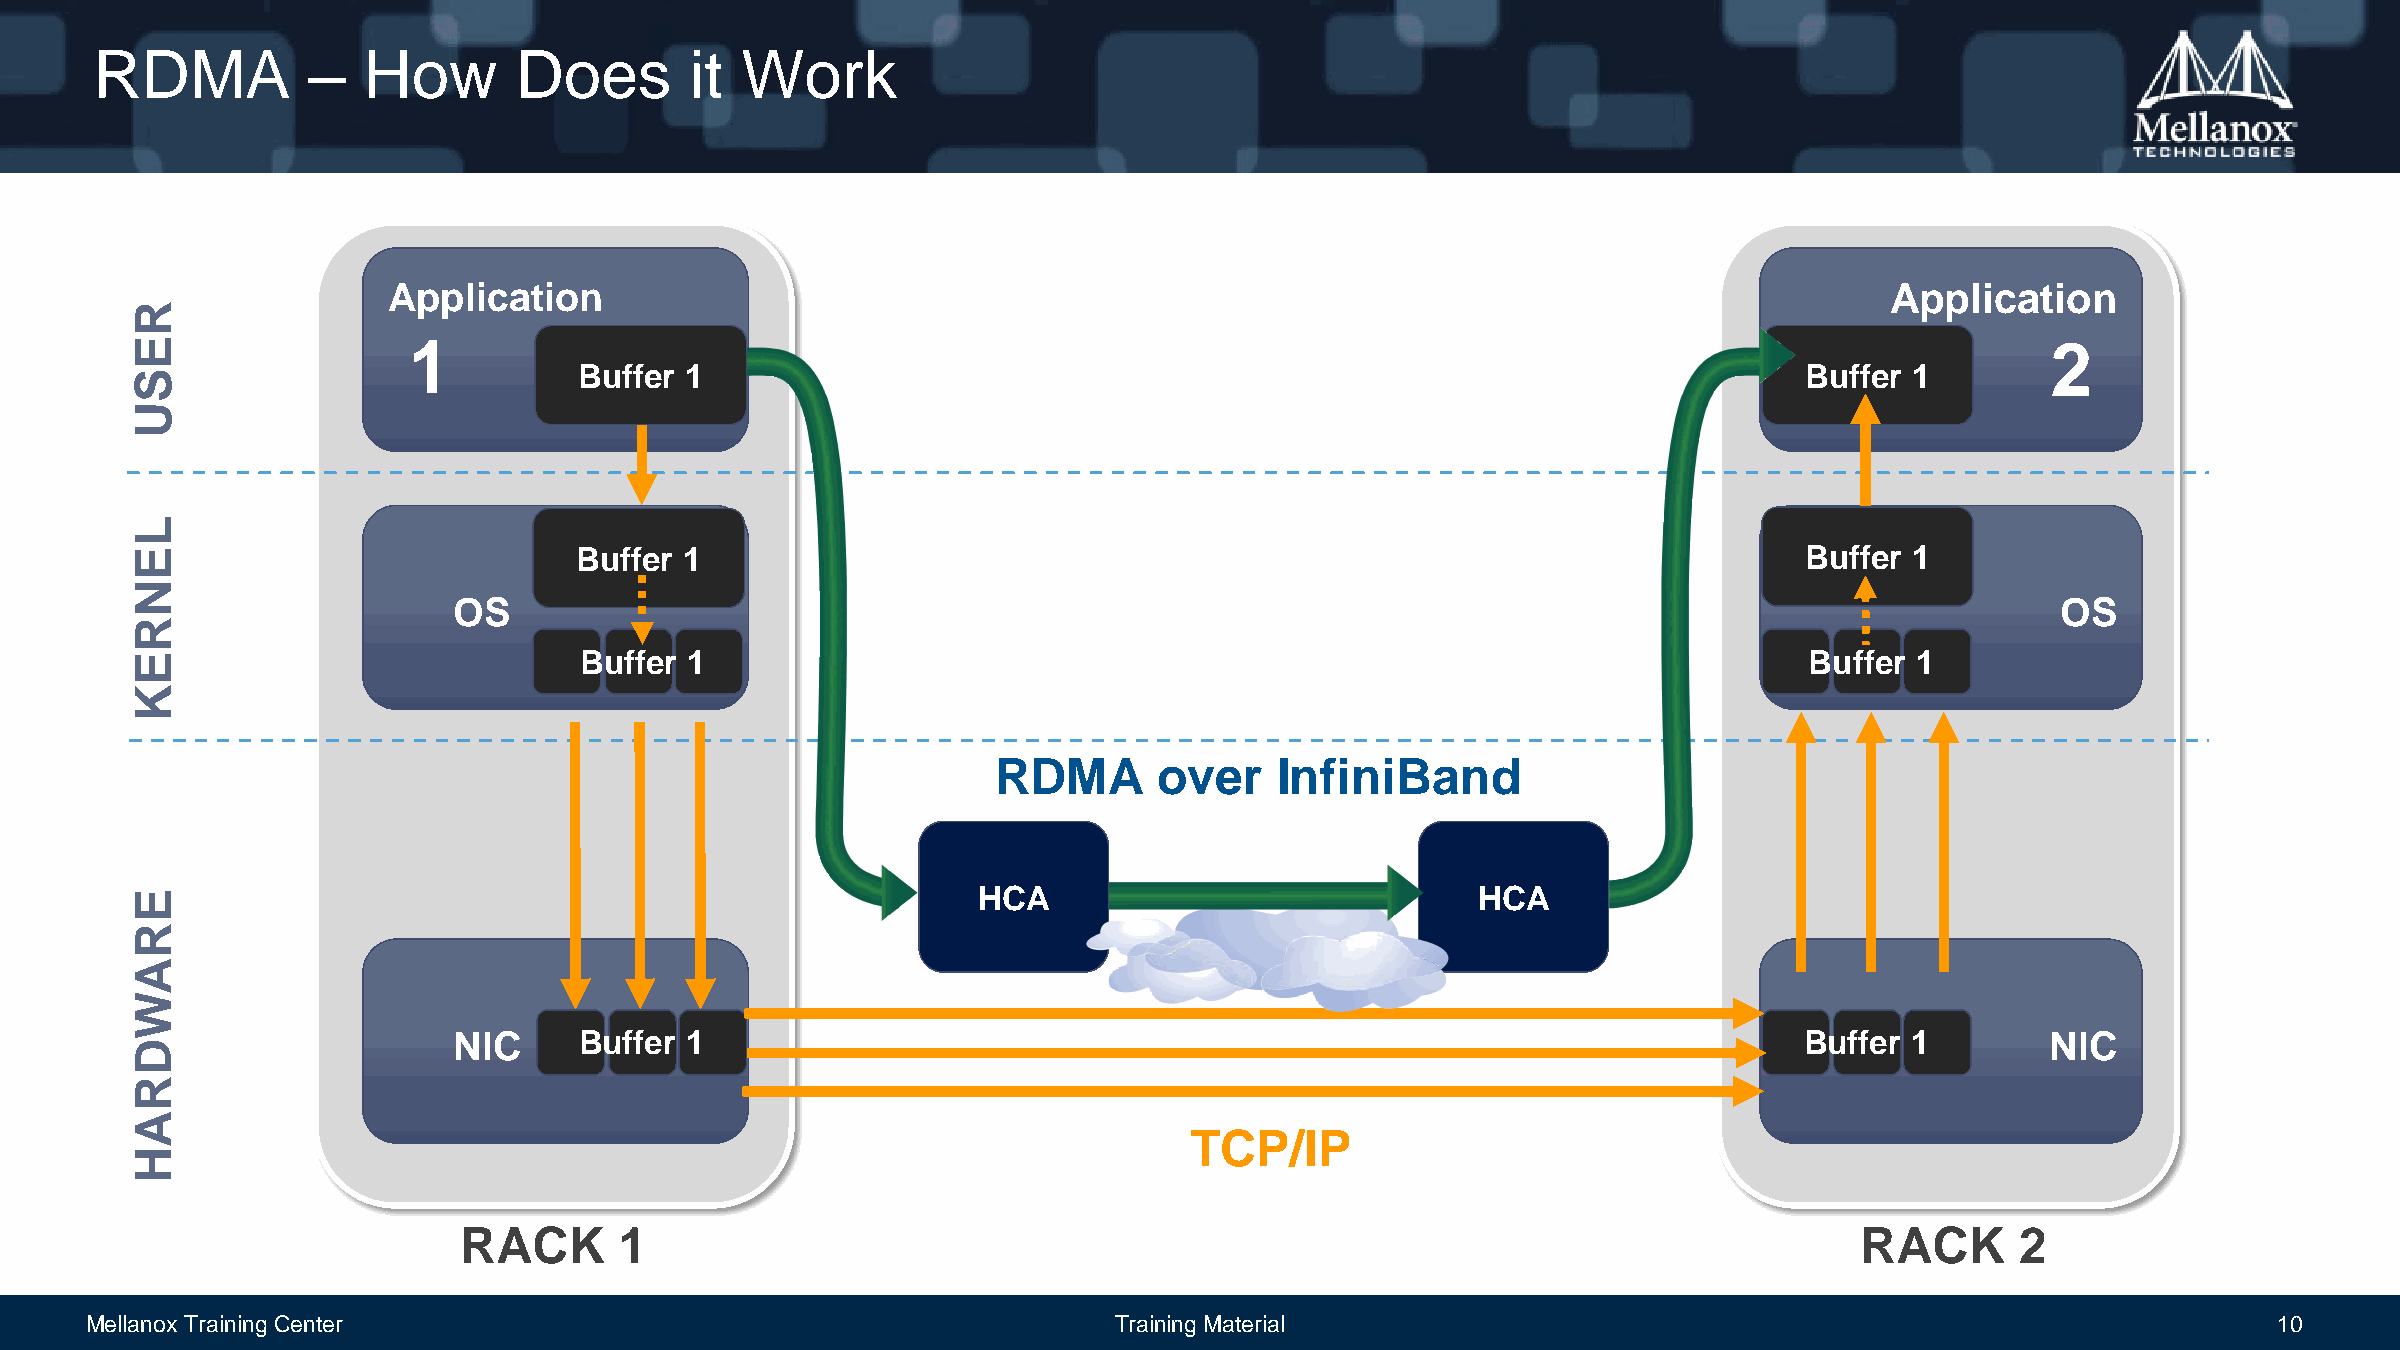
RDMA          –   How       Does        it Work
 Application                                                                                        Application
 R
 E                 1                                                                                                            2
 Buffer 1                                                                         Buffer  1
 S
 U
 L
 E                            Buffer 1                                                                         Buffer  1
 N
 OS                                                                                                        OS
 R
 E                            Buffer 1                                                                          Buffer 1
 K
 RDMA       over    InfiniBand
 E                                                       HCA                              HCA
 R
 A
 W
 NIC     Buffer 1                                                                         Buffer  1        NIC
 D
 R
 A
 TCP/IP
 H
 RACK       1                                                                                 RACK       2
 Mellanox Training Center                                            Training Material                                                            10